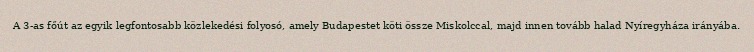
A 3-as főút az egyik legfontosabb közlekedési folyosó, amely Budapestet köti össze Miskolccal, majd innen tovább halad Nyíregyháza irányába.